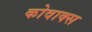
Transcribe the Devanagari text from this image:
कोवाक्स